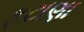
ફટાણા